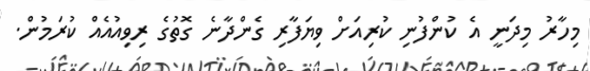
މިހާރު މިދަނީ އެ ކުންފުނި ކުރިއަށް ވިޔަފާރި ގެންދާނެ ގޮތުގެ ރިވިއުއެއް ކުރަމުން.